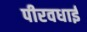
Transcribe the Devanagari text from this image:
पीरवधाई